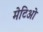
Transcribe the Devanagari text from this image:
मेटिओ